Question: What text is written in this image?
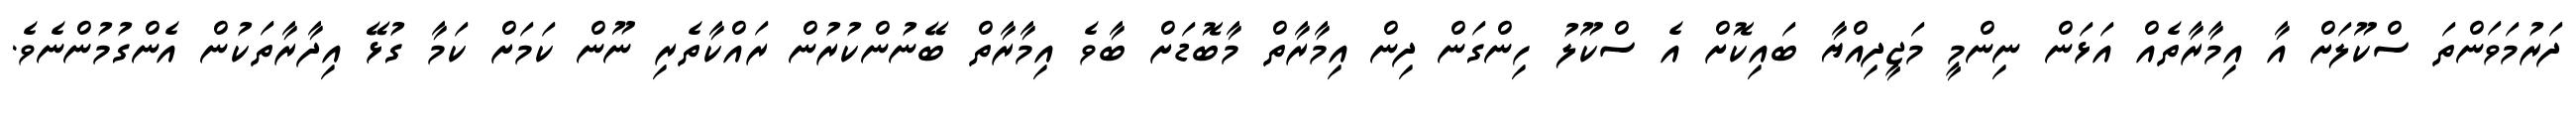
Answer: ދަރުމަވަންތަ ސްކޫލަށް އާ އިމާރާތެއް އަޅަން ނިންމީ މަޖީދިއްޔާ ބައިކޮށް އެ ސްކޫލު ހިންގަން ދިން އިމާރާތް މާބޮޑަށް ބާވެ އިމާރާތް ބޭނުންކުރުން ރައްކާތެރި ނޫން ކަމަށް ކަމާ ގުޅޭ އިދާރާތަކުން އެންގުމުންނެވެ.